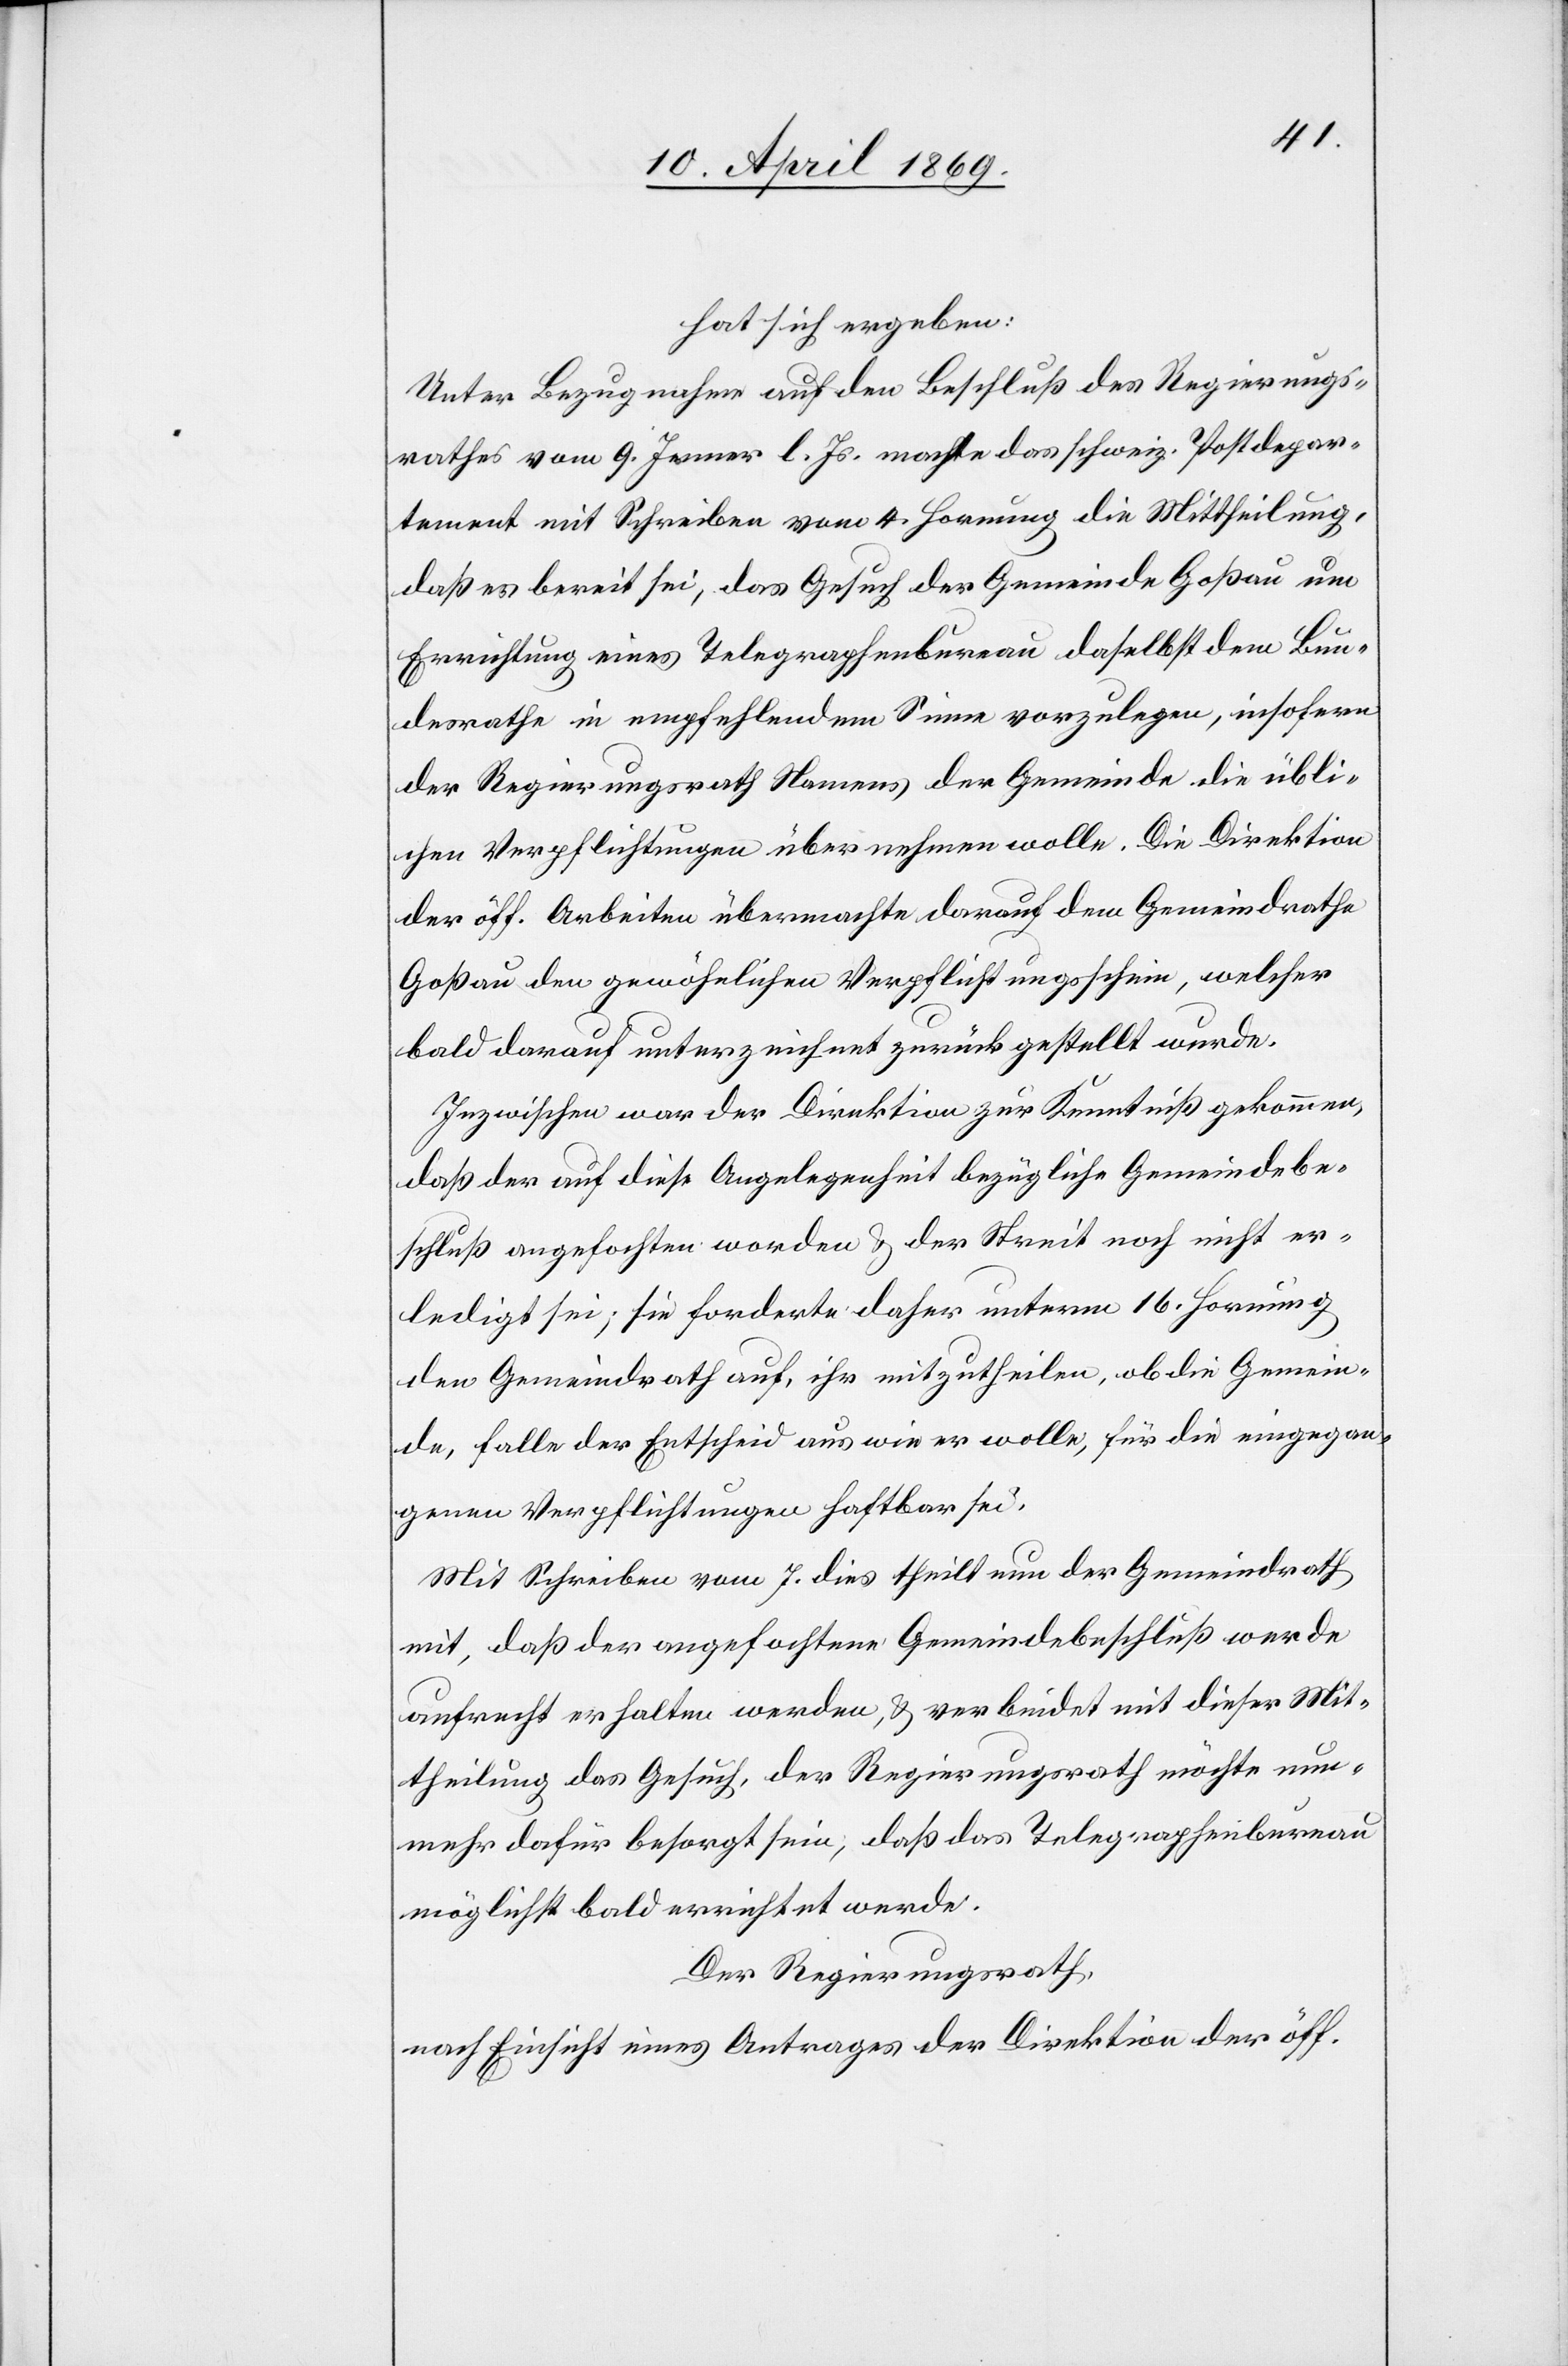
hat sich ergeben:
Unter Bezugnahme auf den Beschluß des Regierungs¬
rathes vom 9 Jenner l. Js. machte das schweiz. Postdepar¬
tement mit Schreiben vom 4 Hornung die Mittheilung,
daß es bereit sei, das Gesuch der Gemeinde Goßau um
Errichtung eines Telegraphenbureau daselbst dem Bun¬
desrathe in empfehlendem Sinne vorzulegen, insofern
der Regierungsrath Namens der Gemeinde die übli¬
chen Verpflichtungen übernehmen wolle. Die Direktion
der öff. Arbeiten übermachte darauf dem Gemeindrathe
Goßau den gewöhnlichen Verpflichtungsschein, welcher
bald darauf unterzeichnet zurückgestellt wurde.
Inzwischen war der Direktion zur Kenntniß gekommen,
daß der auf diese Angelegenheit bezügliche Gemeindebe¬
schluß angefochten worden u. der Streit noch nicht er¬
ledigt sei; sie forderte daher unterm 16 Hornung
den Gemeindrath auf, ihr mitzutheilen, ob die Gemein¬
de, falle der Entscheid aus wie er wolle, für die eingegan¬
genen Verpflichtungen haftbar sei.
Mit Schreiben vom 7 dies theilt nun der Gemeindrath
mit, daß der angefochtene Gemeindsbeschluß werde
aufrecht erhalten werden, u. verbindet mit dieser Mit¬
theilung das Gesuch, der Regierungsrath möchte nun¬
mehr dafür besorgt sein, daß das Telegraphenbureau
möglichst bald errichtet werde.
Der Regierungsrath,
nach Einsicht eines Antrages der Direktion der öff.